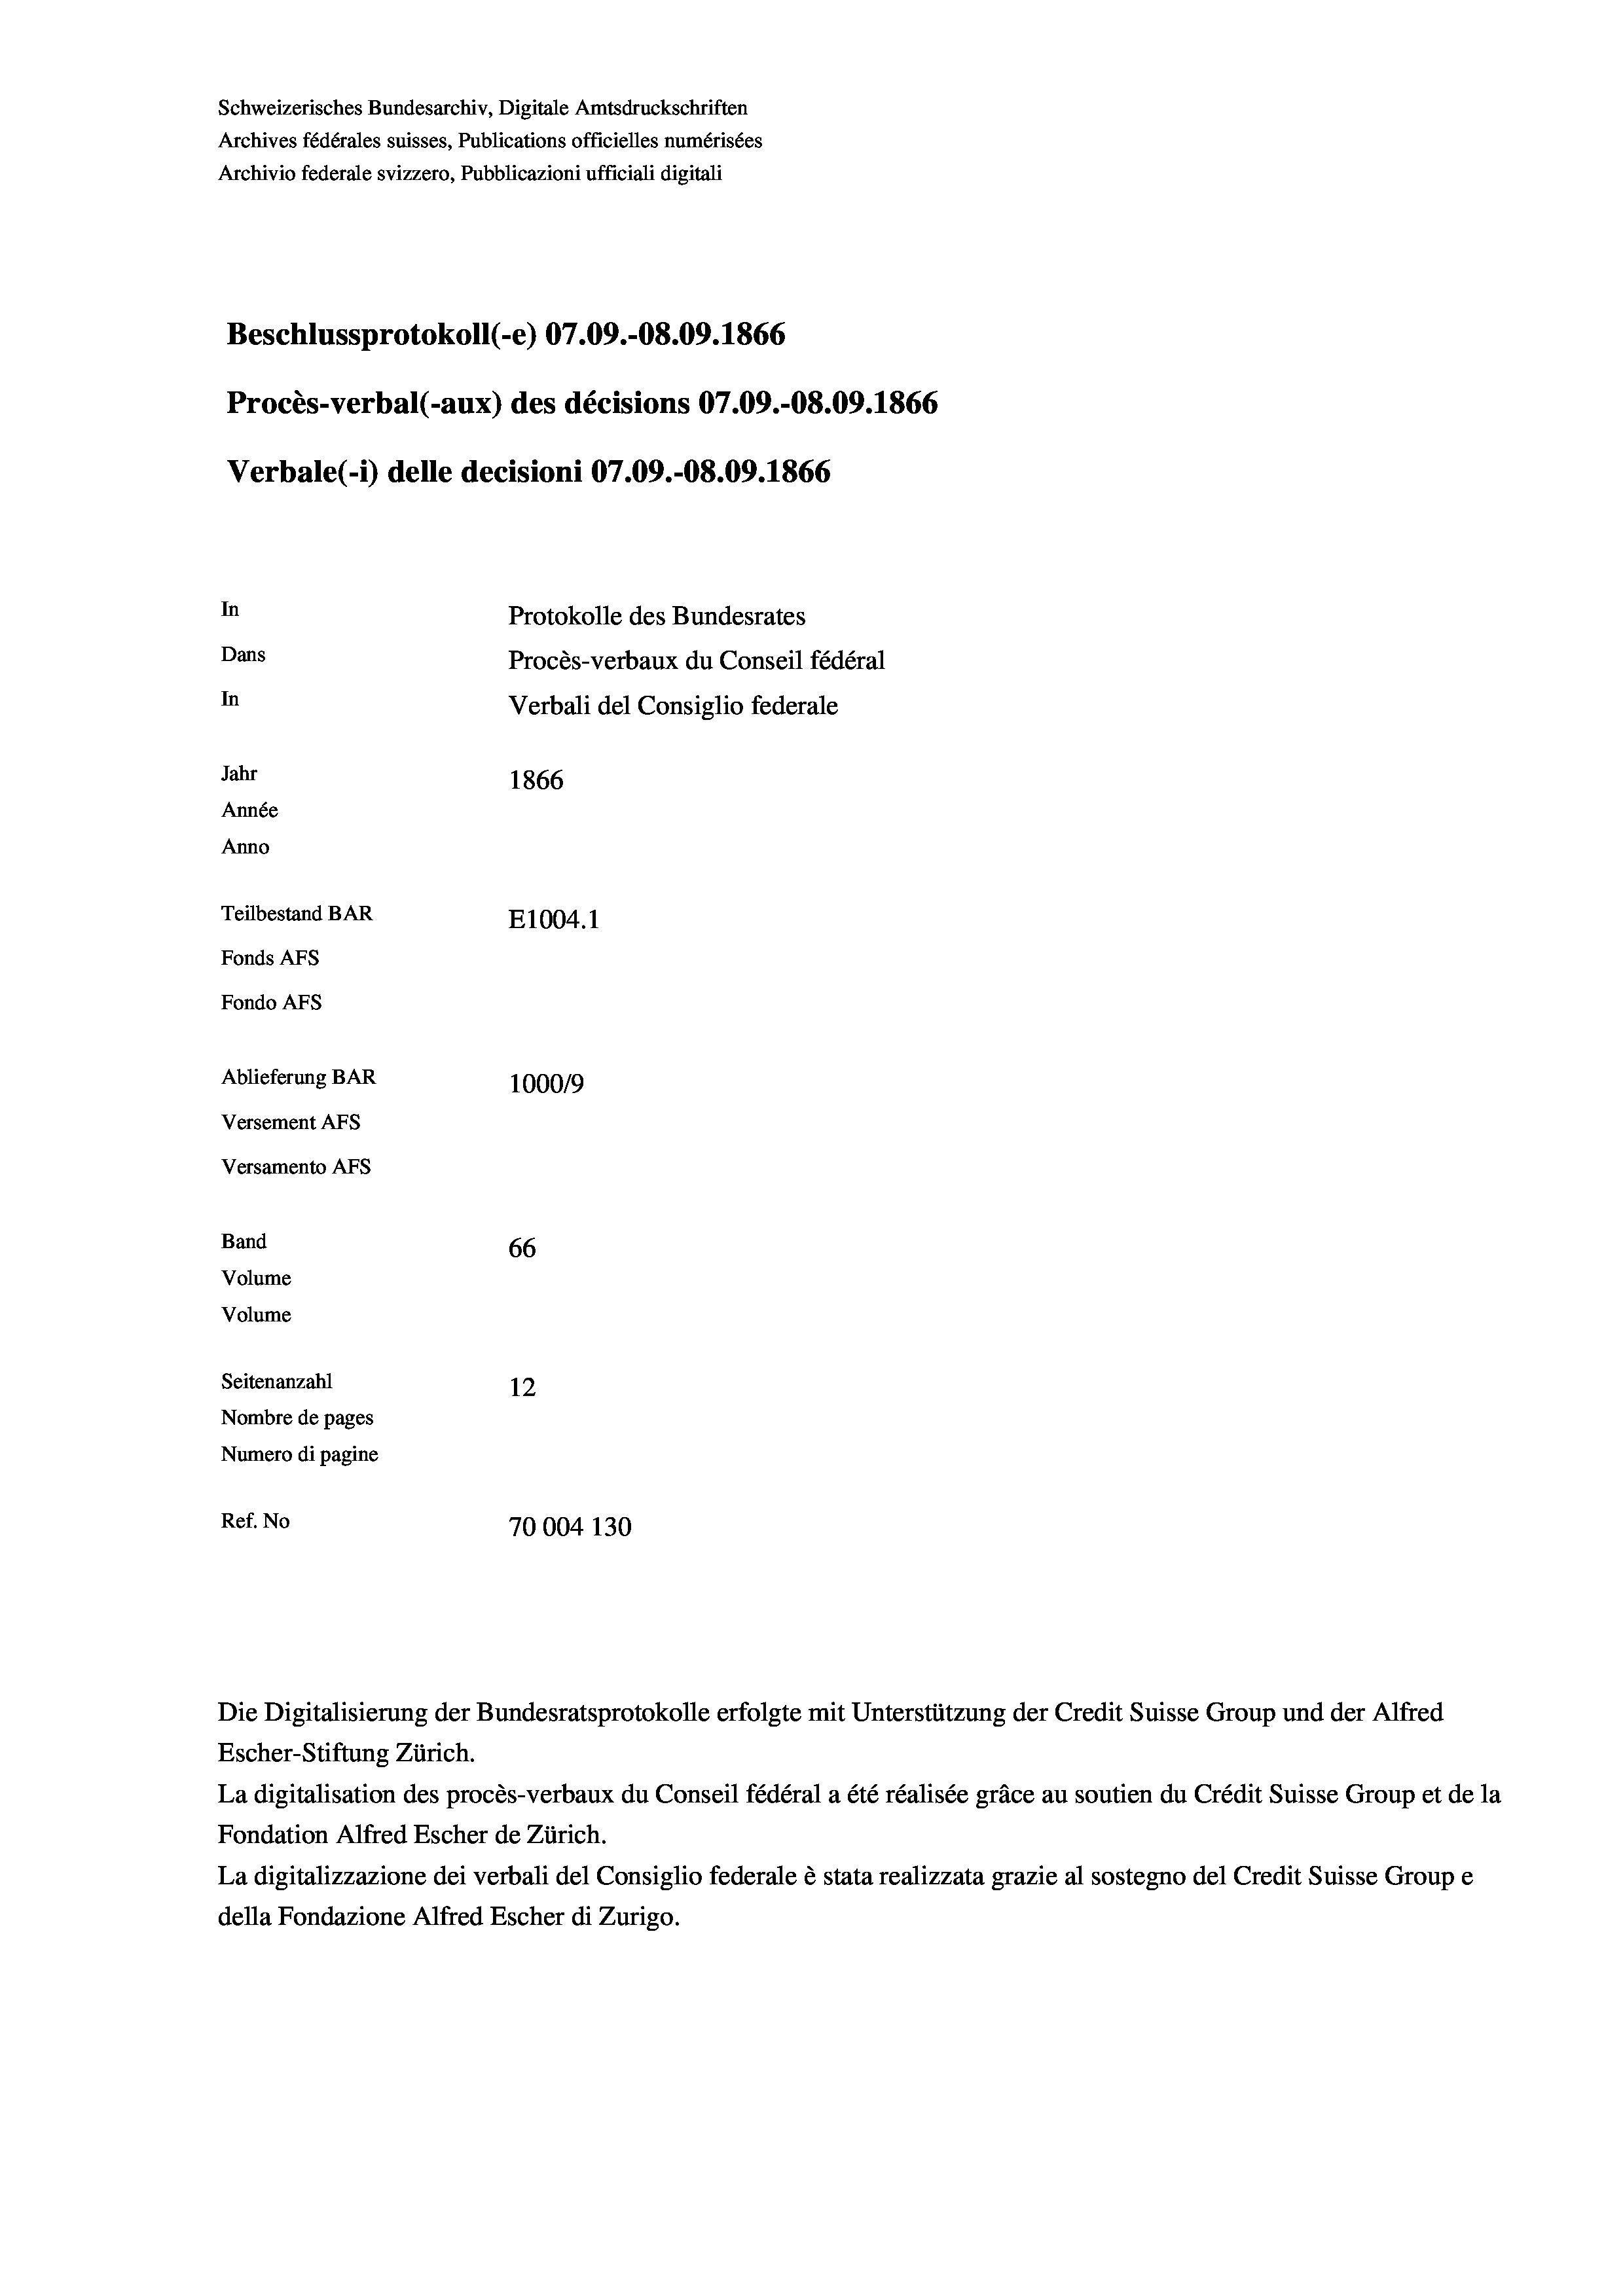
Schweizerisches Bundesarchiv, Digitale Amtsdruckschriften
Archives fédérales suisses, Publications officielles numérisées
Archivio federale svizzero, Pubblicazioni ufficiali digitali
Beschlussprotokoll (-e) 07.09.-08.09. 1866
Procès-verbal (-aux) des décisions 07.09.-O8.09. 1866
Verbale (i) delle decisioni 07.09.-08.09. 1866
In
Protokolle des Bundesrates
Dans
Procès-verbaux du Conseil fédéral
In
Verbali del Consiglio federale
Jahr
1866
Année
Anno
Teilbestand BAR
E1004. 1
Fonds AFs
Fondo AFs
Ablieferung BAR
100019
Versement AFs
Versamento Afs
Band
66
Volume
Volume
Seitenanzahl

12
Nombre de pages
Numero di pagine
Ref. No
70004 130

Escher-Stiftung Zürich.
La digitalisation des procès-verbaux du Conseil fédéral a été réalisée gräce au soutien du Crédit Suisse Group et de la
Fondation Alfred Escher de Zürich.
La digitalizzazione dei verbali del Consiglio federale è stata realizzata grazie al sostegno del Credit Suisse Groupe
della Fondazione Alfred Escher di Zurigo.

Die Digitalisierung der Bundesratsprotokolle erfolgte mit Unterstützung der Credit Suisse Group und der Alfred